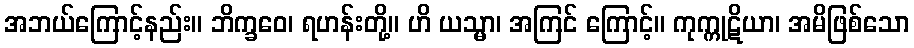
အဘယ်ကြောင့်နည်း။ ဘိက္ခဝေ၊ ရဟန်းတို့။ ဟိ ယသ္မာ၊ အကြင် ကြောင့်။ ကုက္ကုဋိယာ၊ အမိဖြစ်သော